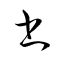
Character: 書